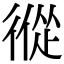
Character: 𢕇